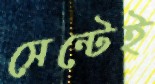
সেন্টেই